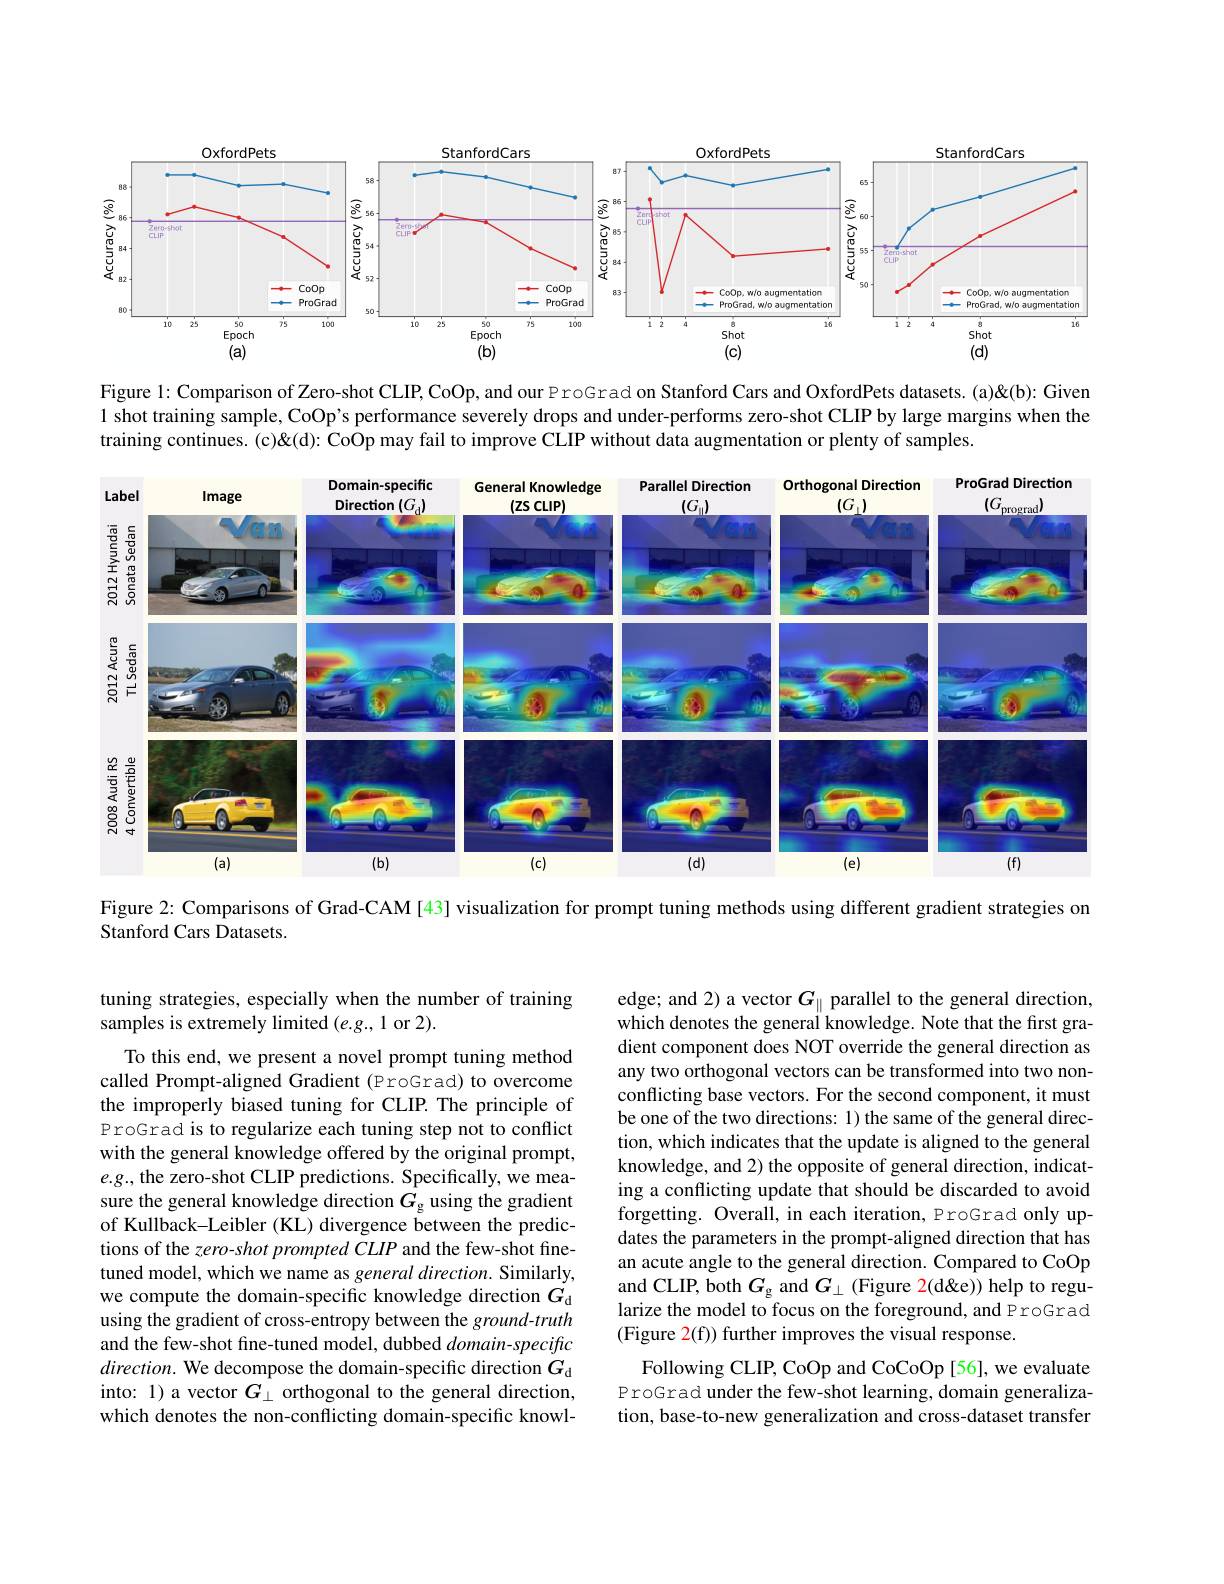
<FigureHere>

Figure 1: Comparison of Zero-shot CLIP, CoOp, and our ProGrad on Stanford Cars and OxfordPets datasets. (a)" Given 1 shot training sample, CoOp's performance severely drops and under-performs zero-shot CLIP by large margins when the training continues. (c)" CoOp may fail to improve CLIP without data augmentation or plenty of samples.

<FigureHere>

Figure 2: Comparisons of Grad-CAM [43] visualization for prompt tuning methods using different gradient strategies on

Stanford Cars Datasets.

tuning strategies, especially when the number of training
samples is extremely limited $(e.g.,1$ or 2).

To this end, we present a novel prompt tuning method called Prompt-aligned Gradient (ProGrad) to overcome the improperly biased tuning for CLIP. The principle of ProGrad is to regularize each tuning step not to conflict with the general knowledge offered by the original prompt, $e.g.$, the zero-shot CLIP predictions. Specifically, we measure the general knowledge direction $G_\mathrm{g}$ using the gradient of Kullback-Leibler (KL) divergence between the predictions of the zero-shot prompted CLIP and the few-shot finetuned model, which we name as general direction. Similarly, we compute the domain-specific knowledge direction $G_\mathrm{d}$ using the gradient of cross-entropy between the ground-truth and the few-shot fine-tuned model, dubbed $domain-specifc$ direction. We decompose the domain-specific direction $G_\mathrm{d}$ into: 1) a vector $G_\perp$ orthogonal to the general direction, which denotes the non-conflicting domain-specific knowl-

edge; and 2) a vector $G_\parallel$ parallel to the general direction, which denotes the general knowledge. Note that the first gradient component does NOT override the general direction as any two orthogonal vectors can be transformed into two nonconflicting base vectors. For the second component, it must be one of the two directions: 1) the same of the general direction, which indicates that the update is aligned to the general knowledge, and 2) the opposite of general direction, indicating a conflicting update that should be discarded to avoid forgetting. Overall, in each iteration, ProGrad only updates the parameters in the prompt-aligned direction that has an acute angle to the general direction. Compared to CoOp and CLIP, both $G_{\mathrm{g}}$ and $G_{\perp}$ (Figure 2(d'e)) help to regularize the model to focus on the foreground, and ProGrad (Figure 2(f)) further improves the visual response.

Following CLIP, CoOp and CoCoOp [56], we evaluate ProGrad under the few-shot learning, domain generalization, base-to-new generalization and cross-dataset transfer